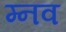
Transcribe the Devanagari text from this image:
म्नव